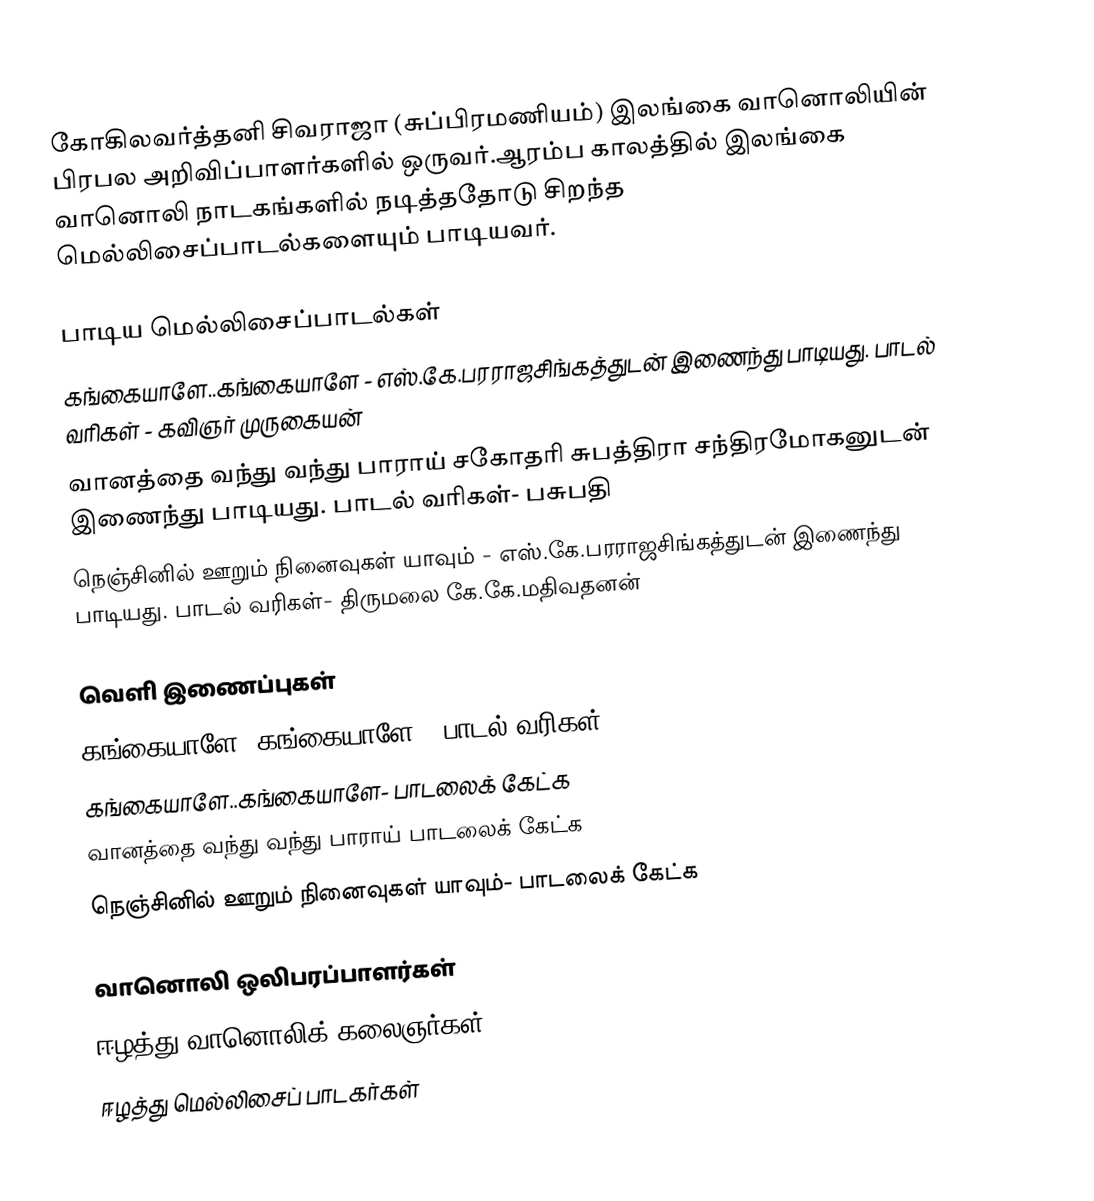
கோகிலவர்த்தனி சிவராஜா (சுப்பிரமணியம்) இலங்கை வானொலியின் பிரபல அறிவிப்பாளர்களில் ஒருவர்.ஆரம்ப காலத்தில் இலங்கை வானொலி நாடகங்களில் நடித்ததோடு சிறந்த மெல்லிசைப்பாடல்களையும் பாடியவர்.

பாடிய மெல்லிசைப்பாடல்கள்
 கங்கையாளே..கங்கையாளே - எஸ்.கே.பரராஜசிங்கத்துடன் இணைந்து பாடியது. பாடல் வரிகள் - கவிஞர் முருகையன்
 வானத்தை வந்து வந்து பாராய் சகோதரி சுபத்திரா சந்திரமோகனுடன் இணைந்து பாடியது. பாடல் வரிகள்- பசுபதி
 நெஞ்சினில் ஊறும் நினைவுகள் யாவும் - எஸ்.கே.பரராஜசிங்கத்துடன் இணைந்து பாடியது. பாடல் வரிகள்- திருமலை கே.கே.மதிவதனன்

வெளி இணைப்புகள்
 கங்கையாளே..கங்கையாளே - பாடல் வரிகள்
  கங்கையாளே..கங்கையாளே- பாடலைக் கேட்க
 வானத்தை வந்து வந்து பாராய்  பாடலைக் கேட்க
 நெஞ்சினில் ஊறும் நினைவுகள் யாவும்- பாடலைக் கேட்க

வானொலி ஒலிபரப்பாளர்கள்
ஈழத்து வானொலிக் கலைஞர்கள்
ஈழத்து மெல்லிசைப் பாடகர்கள்